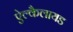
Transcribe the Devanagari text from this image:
ऐल्कैलायड